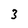
Character: 3